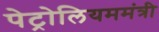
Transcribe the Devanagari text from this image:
पेट्रोलियममंत्री